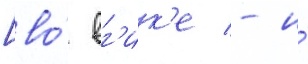
[во́ вг'ик'е - и́